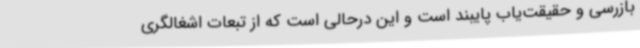
بازرسی و حقیقت‌یاب پایبند است و این درحالی است که از تبعات اشغالگری